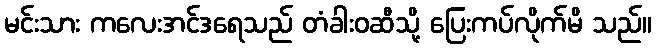
မင်းသား ကလေးအင်ဒရေသည် တံခါးဝဆီသို့ ပြေးကပ်လိုက်မိ သည်။